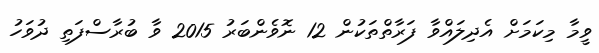
ވީމާ މިކަމަށް އެދިލައްވާ ފަރާތްތަކުން 12 ނޮވެންބަރު 2015 ވާ ބުރާސްފަތި ދުވަހު